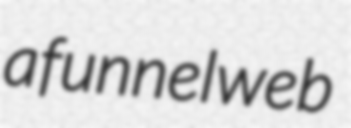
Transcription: a funnel web